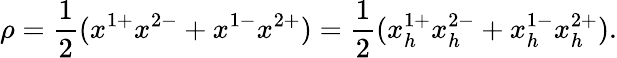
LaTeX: \rho={\frac{1}{2}}(x^{1+}x^{2-}+x^{1-}x^{2+})={\frac{1}{2}}(x_{h}^{1+}x_{h}^{2-}+x_{h}^{1-}x_{h}^{2+}).